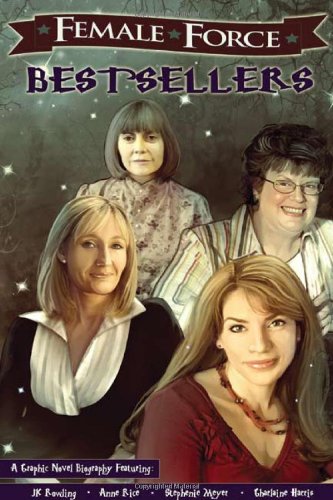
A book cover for Female Force: Best Sellers: JK Rowling, Stephenie Meyer, Anne Rice, and Charlaine Harris; Scott Davis; Comics & Graphic Novels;